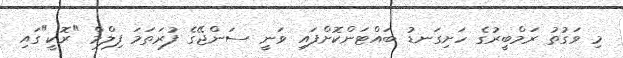
މި ވަގުތު ރަމްބީރުގެ ހަށިގަނޑު ބައްޓަންކޮށްފައި ވަނީ ސަންޖޭގެ ފުރަތަމަ ފިލްމް "ރޮކީ"ގައި